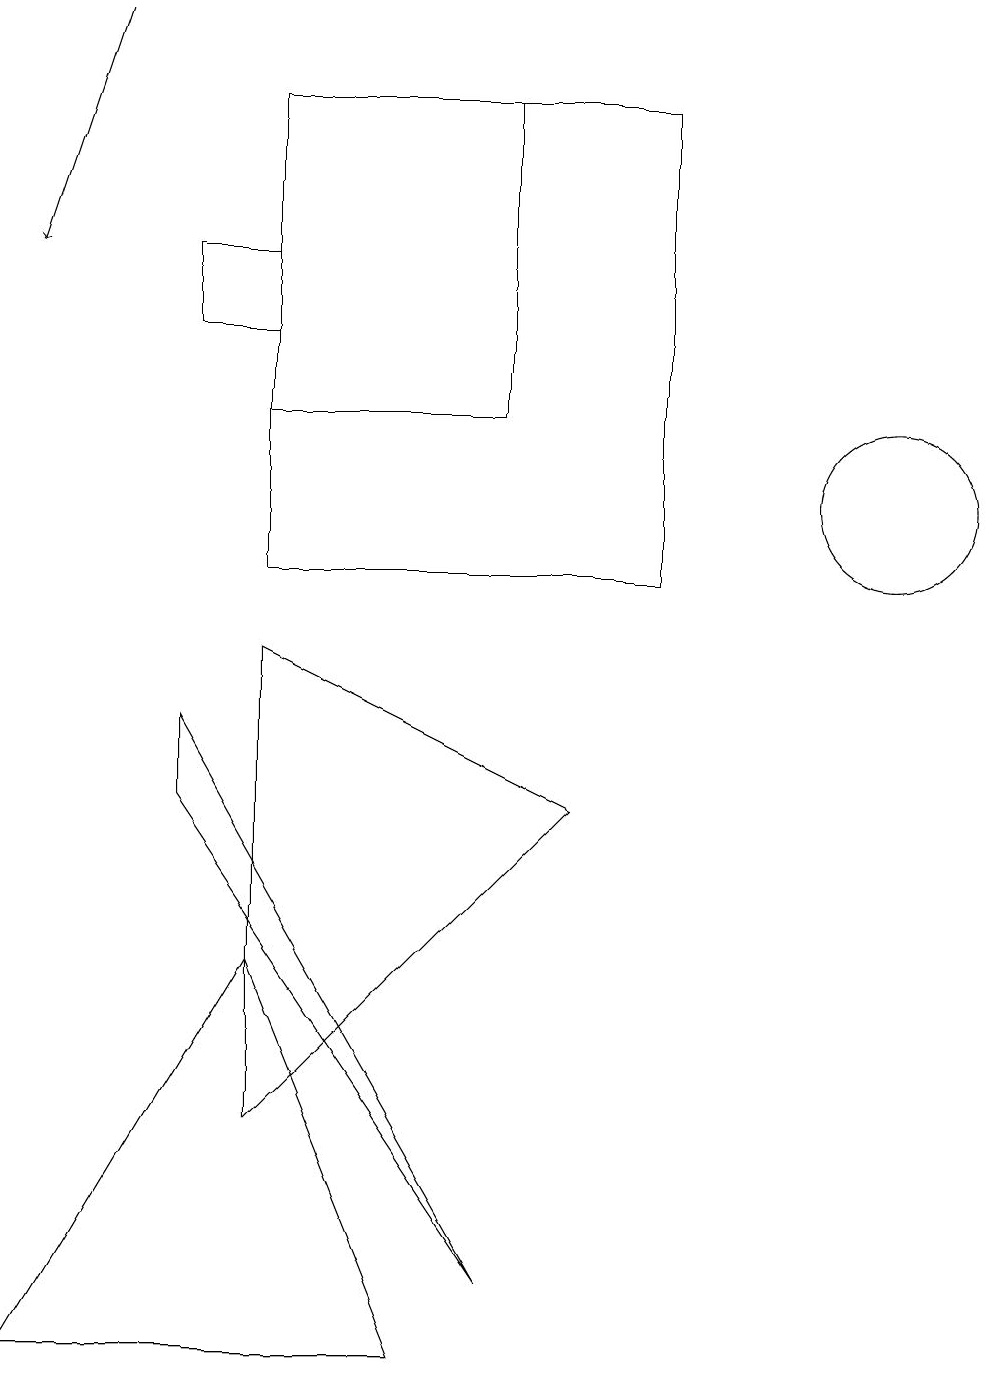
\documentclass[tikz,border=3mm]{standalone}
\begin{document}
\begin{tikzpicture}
\draw (12,11) circle (1);
\draw (7,16) rectangle (4,12);
\draw (4,3) -- (4,9) -- (8,7) -- cycle;
\draw[->] (2,17) -- (1,14);
\draw (4,16) rectangle (9,10);
\draw (3,14) rectangle (4,13);
\draw (7,1) -- (3,8) -- (3,7) -- cycle;
\draw (4,5) -- (1,0) -- (6,0) -- cycle;
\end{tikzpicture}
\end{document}